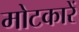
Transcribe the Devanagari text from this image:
मोटकारें